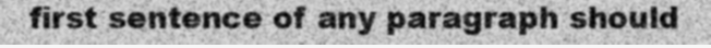
first sentence of any paragraph should